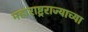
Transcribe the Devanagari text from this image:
महाराष्ट्रराज्याच्या